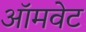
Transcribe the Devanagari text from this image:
ऑमवेट